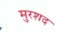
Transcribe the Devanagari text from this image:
मुरशद